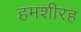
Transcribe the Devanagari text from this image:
हमशीरह